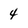
Character: 4